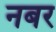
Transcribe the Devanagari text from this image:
नबर